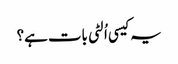
یہ کیسی اُلٹی بات ہے؟